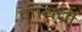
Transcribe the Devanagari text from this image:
मायची